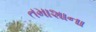
તમાશાના